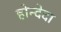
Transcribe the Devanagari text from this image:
होन्देदा